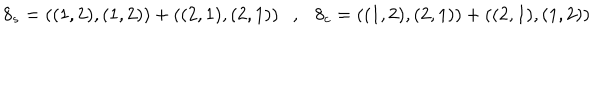
8 _ { s } = ( ( 1 , 2 ) , ( 1 , 2 ) ) + ( ( 2 , 1 ) , ( 2 , 1 ) ) , 8 _ { c } = ( ( 1 , 2 ) , ( 2 , 1 ) ) + ( ( 2 , 1 ) , ( 1 , 2 ) )